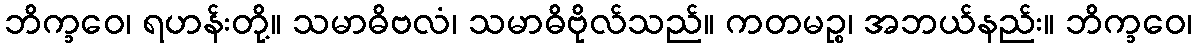
ဘိက္ခဝေ၊ ရဟန်းတို့။ သမာဓိဗလံ၊ သမာဓိဗိုလ်သည်။ ကတမဉ္စ၊ အဘယ်နည်း။ ဘိက္ခဝေ၊